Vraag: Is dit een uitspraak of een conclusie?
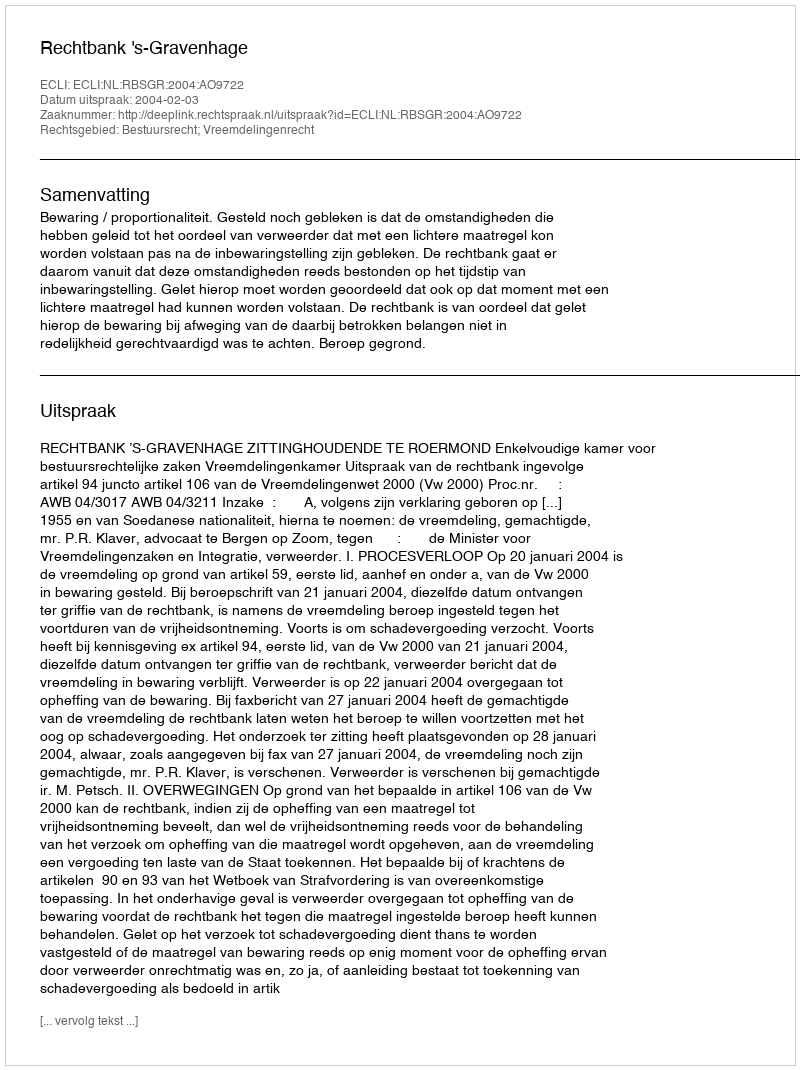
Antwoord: Uitspraak